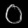
Digit: ၀